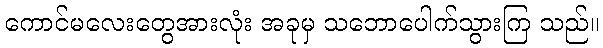
ကောင်မလေးတွေအားလုံး အခုမှ သဘောပေါက်သွားကြ သည်။